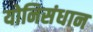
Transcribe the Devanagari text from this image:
योनिसंधान